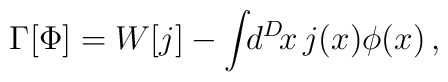
\Gamma[\Phi] = W[j] - \int\!\!d^D\!x \, j(x) \phi(x) \,,